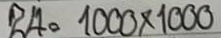
24 = 1000 x 1000